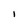
Character: I